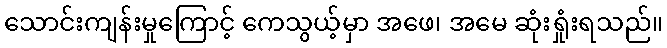
သောင်းကျန်းမှုကြောင့် ကေသွယ့်မှာ အဖေ၊ အမေ ဆုံးရှုံးရသည်။